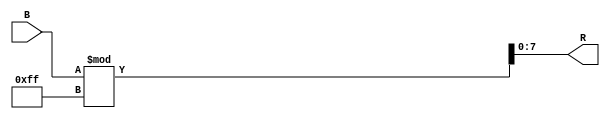
module BRC(B,R);

input [7:0]B;

output [7:0]R;

assign R = B % 255;

endmodule